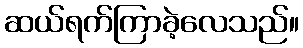
ဆယ်ရက်ကြာခဲ့လေသည်။